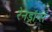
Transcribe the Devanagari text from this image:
रेनड्रॉप्स